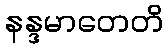
နန္ဒမာတေတိ